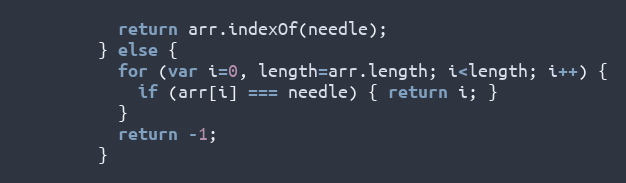
Language: JavaScript
          return arr.indexOf(needle);
        } else {
          for (var i=0, length=arr.length; i<length; i++) {
            if (arr[i] === needle) { return i; }
          }
          return -1;
        }